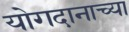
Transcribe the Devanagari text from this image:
योगदानाच्या